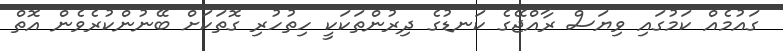
ގައުމެއް ކަމުގައި ވިޔަސް ރާއްޖޭގެ ކަނޑުގެ ދިރުންތަކަކީ ހިތުހުރި ގޮތަކަށް ބޭނުންކުރެވެން އޮތް